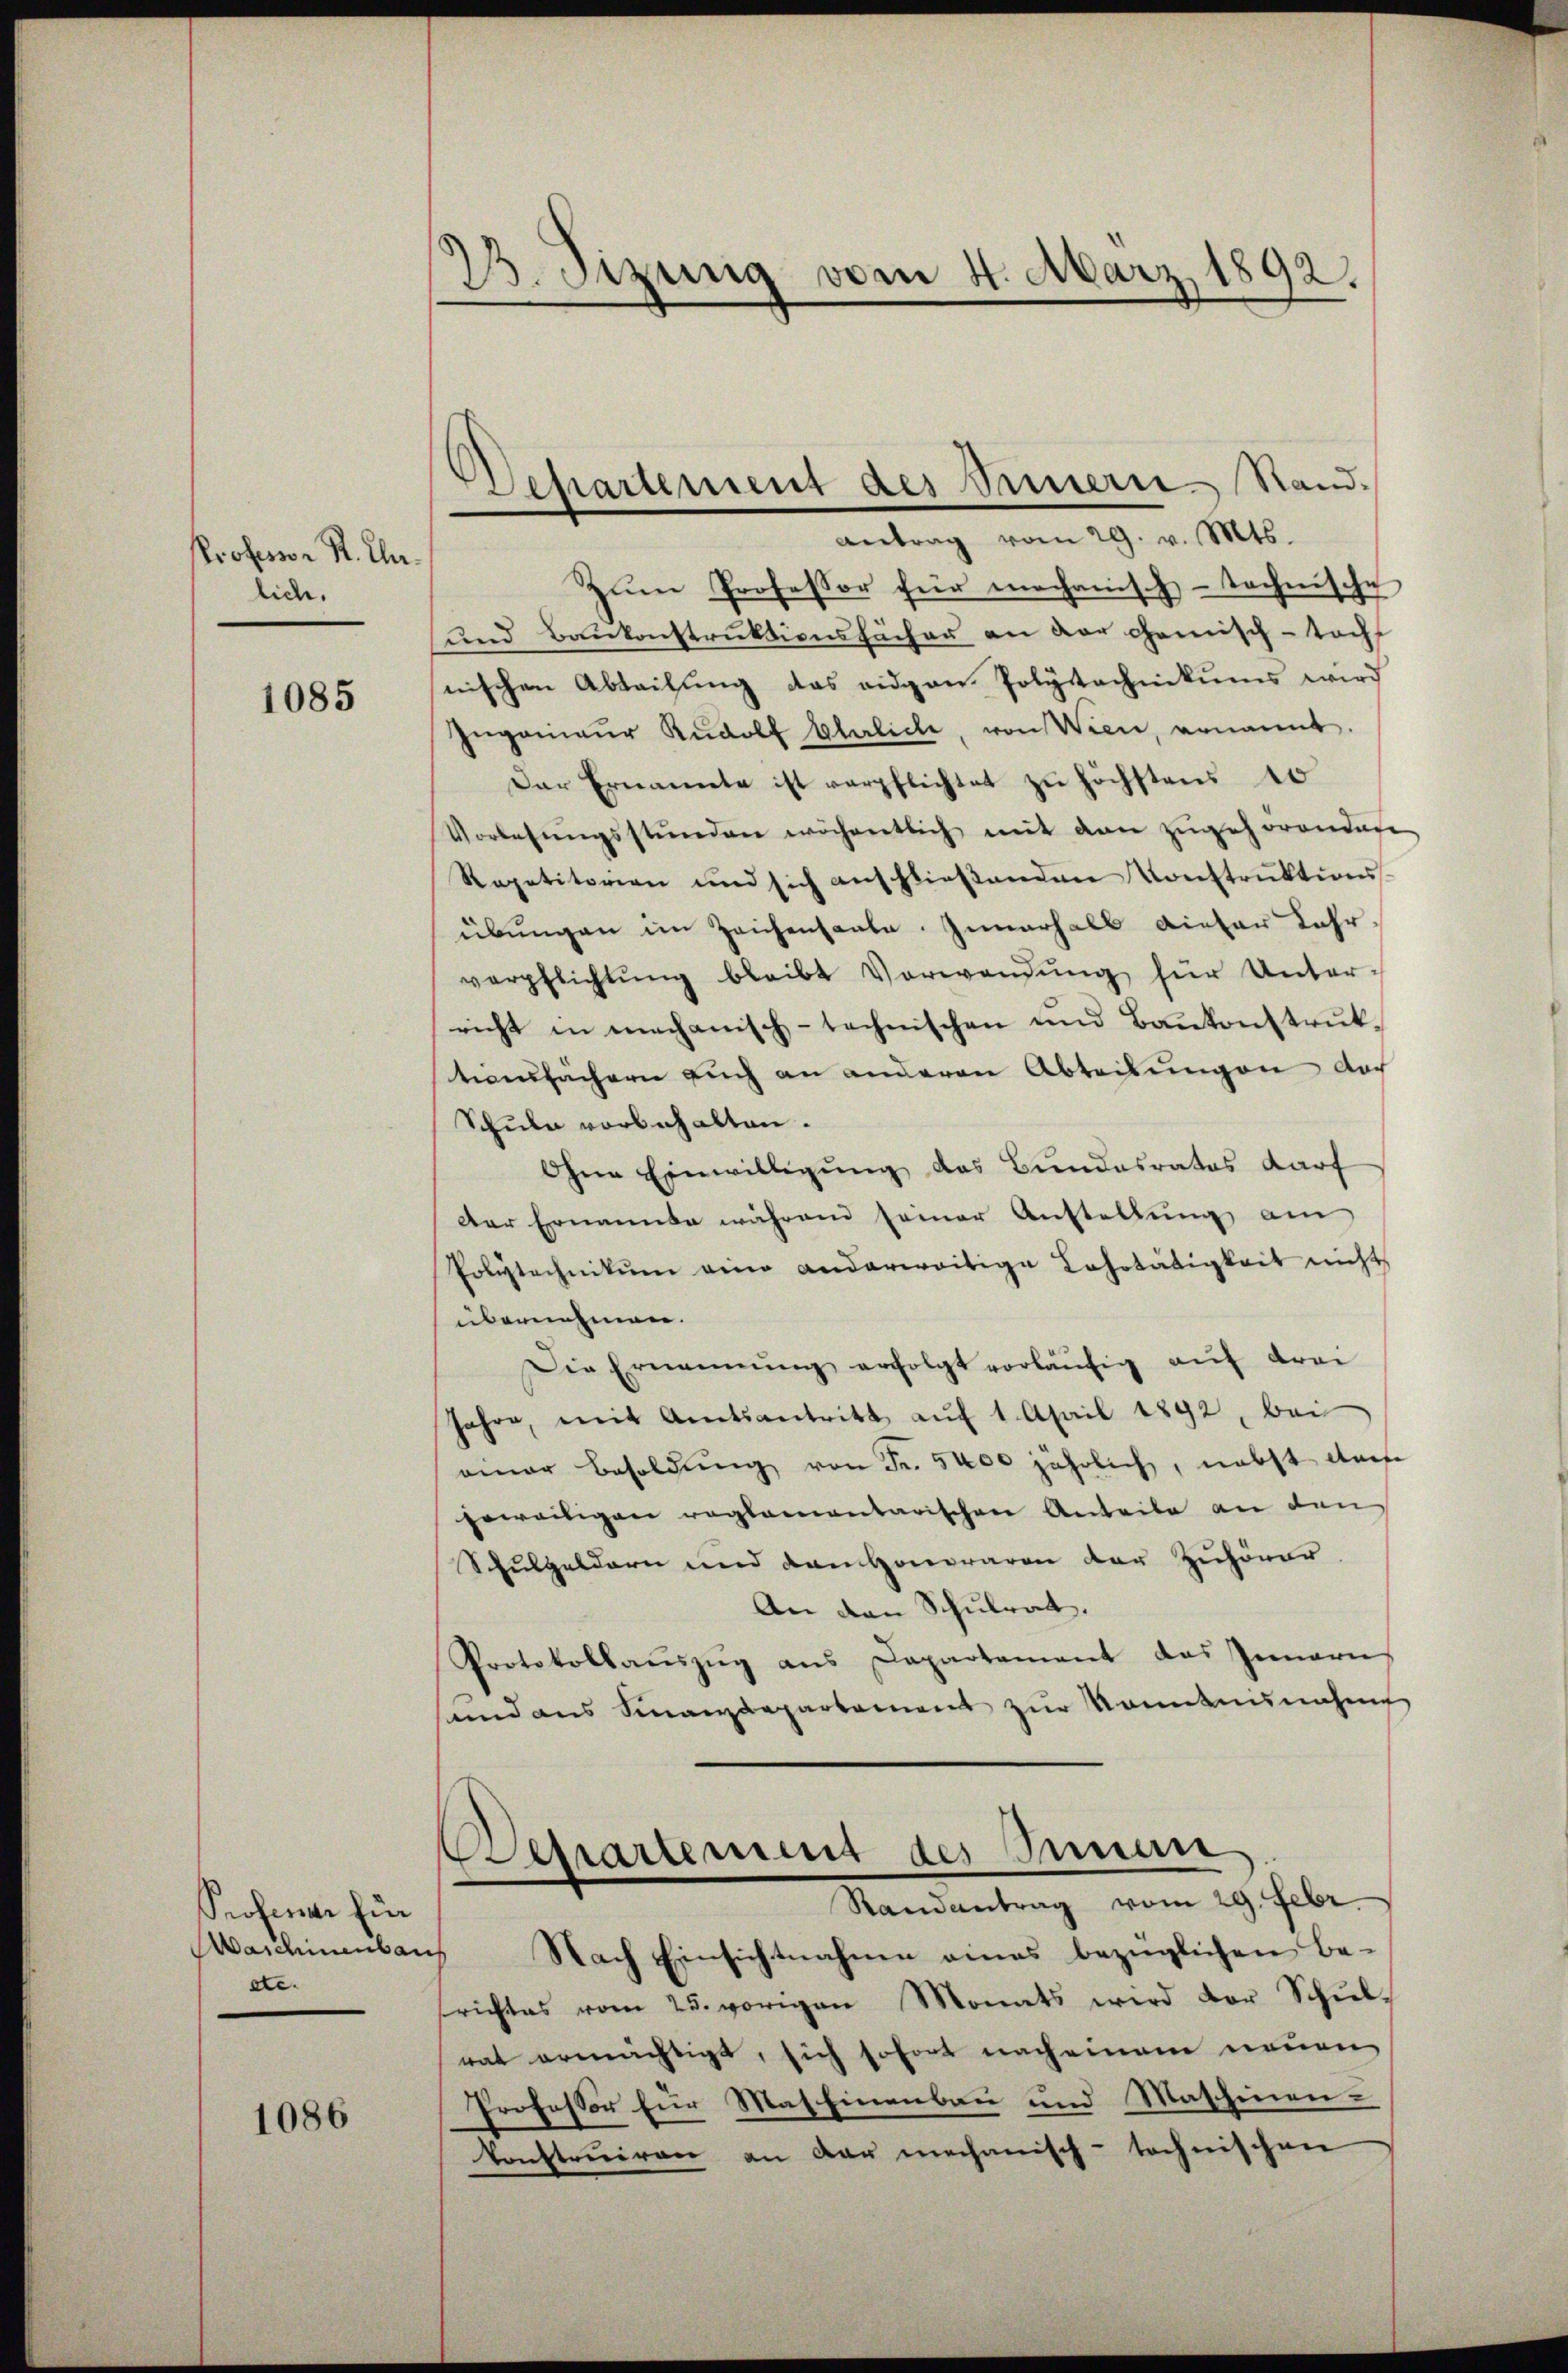
Professor Kt. Unlich.

1085

Professor für
Waschinenbar
ste.

1086

23. Sizung vom 4. März 1892.

Departement des Innern. Sandantrag vom 29. v. Mts.

zŭm Professor für mechanisch-technische
und Baukonstruktionsfächer an der Chemisch-Tocht
nischen Abteilung das eidgen. Polytechnikums wird
Ingenieŭr Rŭdolf Elaliche, von Wien, ernannt.
Der Ernannte ist verpflichtet zu höchstens 10
Vorlesŭngsstunden wöchentlich mit den zŭgehörendene
Repetitorien und sich anschlieβenden Konstruktionss
übungen im Zeichensaale. Innerhalb dieser Jahrverpflichtŭng bleibt Verwendŭng für Unter-
richt in mechanisch-technischen und Bankonstruktionsfächern auch an anderen Abteilungen doch
Schule vorbehalten.
Ohne Einwilligung des Bundesrates darf
Der Ernannte während seiner Anstellung am
Polytechnikum eine anderweitige Lehrtätigkeit nicht
übernehmen.
Die Ernennung erfolgt vorläŭfig auf drei
Jahre, mit Amtsantritt aŭf 1. April 1892, bei
amner Besoldŭng von Fr. 5400 jährlich, nebst darf
geweiligen reglementarischen Anteile an den
Schulgeldern und dan Honoraren der Zuhörer
An den Schulrat.
Protokollaŭszŭg ans Departement das Innern
und aus Finanzdepartement zur Kommannahm
Paepartement des Innen
Randantrag vom 29. Febr.
Nach Einsichtnahme eines bezüglichen Be-
richtes vom 25. vorigen Monats wird der Schŭl-
rat ermächtigt, sich sofort nach einem neuen
Professor für Mas Einenbau und Maschinen-
konstruiren an dar mechanisch-technischen